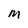
Character: M